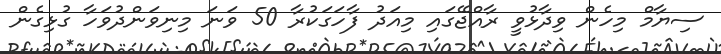
ސިޔާމް މިހެން ވިދާޅުވީ ރާއްޖޭގައި މިއަދު ފާހަގަކުރާ 50 ވަނަ މިނިވަންދުވަހާ ގުޅިގެން